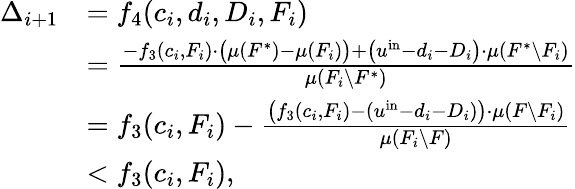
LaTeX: \begin{array}{rl}{\Delta_{i+1}}&{=f_{4}(c_{i},d_{i},D_{i},F_{i})}\\ {}&{=\frac{-f_{3}(c_{i},F_{i})\cdot\big(\mu(F^{*})-\mu(F_{i})\big)+\big(u^{\mathrm{in}}-d_{i}-D_{i}\big)\cdot\mu(F^{*}\setminus F_{i})}{\mu(F_{i}\setminus F^{*})}}\\ {}&{=f_{3}(c_{i},F_{i})-\frac{\big(f_{3}(c_{i},F_{i})-(u^{\mathrm{in}}-d_{i}-D_{i})\big)\cdot\mu(F\setminus F_{i})}{\mu(F_{i}\setminus F)}}\\ {}&{<f_{3}(c_{i},F_{i}),}\end{array}